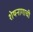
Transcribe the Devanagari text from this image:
शेषनागाची